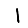
Digit: 1